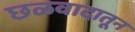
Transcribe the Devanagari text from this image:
छळवादातून